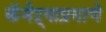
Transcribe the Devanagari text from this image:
कॅमेऱ्याप्रमाणे